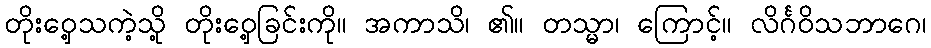
တိုးဝှေ့သကဲ့သို့ တိုးဝှေ့ခြင်းကို။ အကာသိ၊ ၏။ တသ္မာ၊ ကြောင့်။ လိင်္ဂဝိသဘာဂေ၊